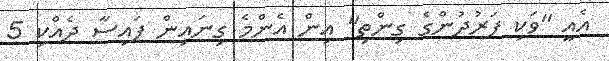
އެއީ "ވަކި ފަރުދުންގެ ގިންތި" އިން އެންމެ ގިނައިން ފައިސާ ދެއްކި 5